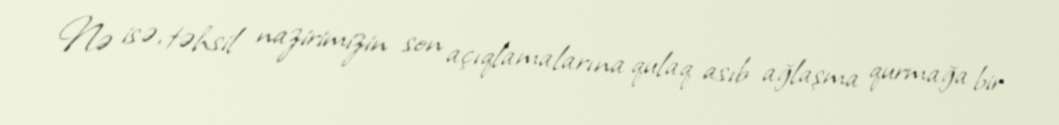
Nə isə, təhsil nazirimizin son açıqlamalarına qulaq asıb ağlaşma qurmağa bir